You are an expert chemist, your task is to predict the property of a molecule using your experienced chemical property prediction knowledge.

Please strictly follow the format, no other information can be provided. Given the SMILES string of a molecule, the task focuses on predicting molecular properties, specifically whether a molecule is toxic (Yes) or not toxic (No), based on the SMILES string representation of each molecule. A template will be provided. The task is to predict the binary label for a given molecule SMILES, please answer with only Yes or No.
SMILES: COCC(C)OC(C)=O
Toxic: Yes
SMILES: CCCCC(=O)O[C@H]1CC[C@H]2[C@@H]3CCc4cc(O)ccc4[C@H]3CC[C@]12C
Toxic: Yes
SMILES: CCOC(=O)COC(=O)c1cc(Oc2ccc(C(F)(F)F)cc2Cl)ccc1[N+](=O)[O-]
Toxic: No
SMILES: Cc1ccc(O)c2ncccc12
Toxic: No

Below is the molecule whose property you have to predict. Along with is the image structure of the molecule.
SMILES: C[C@@H]1CC[C@H]2[C@@H](C)[C@H](OC(=O)CCC(=O)O)O[C@@H]3O[C@]4(C)CC[C@@H]1C23OO4
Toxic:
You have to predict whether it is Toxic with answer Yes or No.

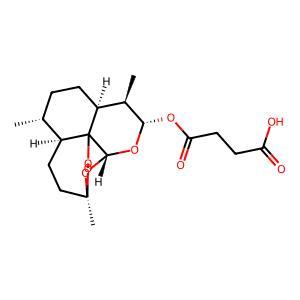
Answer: No